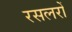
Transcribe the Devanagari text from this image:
रसलरों